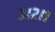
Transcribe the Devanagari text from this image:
३।२।१